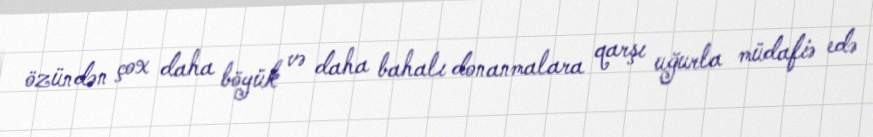
özündən çox daha böyük və daha bahalı donanmalara qarşı uğurla müdafiə edə